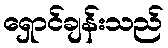
ရှောင်ချန်းသည်